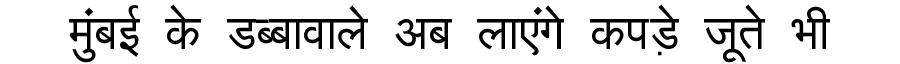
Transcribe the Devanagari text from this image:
मुंबई के डब्बावाले अब लाएंगे कपड़े जूते भी